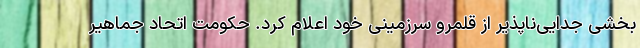
بخشی جدایی‌ناپذیر از قلمرو سرزمینی خود اعلام کرد. حکومت اتحاد جماهیر